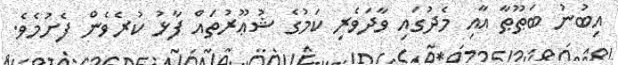
އިބުނު ބަޠޫޠާ އާއި މެދުގައި ވާދަވެރި ކަމުގެ ޝުޢޫރުތައް ފާޅު ކުރެވެން ފެށުމެވެ.